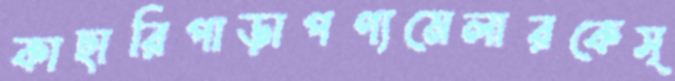
কাছারিপাড়াপণ্যমেলারকেস্